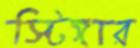
স্টিঙ্গার